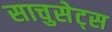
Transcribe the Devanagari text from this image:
साचुसेट्स